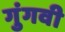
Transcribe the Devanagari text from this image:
गुंगवी